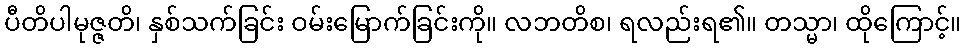
ပီတိပါမုဇ္ဇတိ၊ နှစ်သက်ခြင်း ဝမ်းမြောက်ခြင်းကို။ လဘတိစ၊ ရလည်းရ၏။ တသ္မာ၊ ထိုကြောင့်။